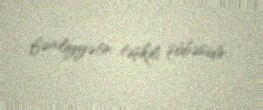
fəaliyyətin təşkili şöbəsidir.